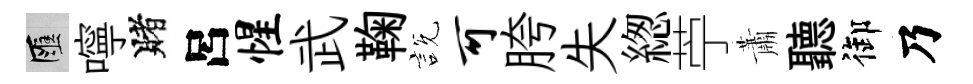
匯嚀賭呂惺武鞠説可胯失緫苧蕭聽御乃